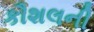
કૌશલની